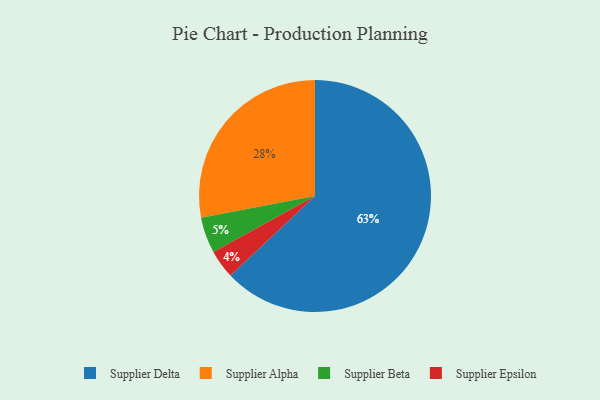
{"axis": {"x": "Category", "y": "Percentage"}, "legend": ["Supplier Alpha", "Supplier Beta", "Supplier Delta", "Supplier Epsilon"], "data": [{"x": "Supplier Delta", "y": 63, "type": "Supplier Delta"}, {"x": "Supplier Epsilon", "y": 4, "type": "Supplier Epsilon"}, {"x": "Supplier Alpha", "y": 28, "type": "Supplier Alpha"}, {"x": "Supplier Beta", "y": 5, "type": "Supplier Beta"}]}